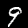
Label: 9